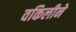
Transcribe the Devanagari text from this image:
वकिलीने